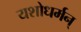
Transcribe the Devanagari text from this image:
यशोधर्मन्‌